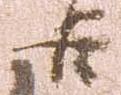
臣